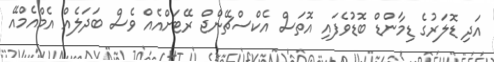
އަދި ޑޮލަރުގެ ޑިމާންޑް ބޮޑުވެފައި އޮތަސް އެކްސްޗޭންޖް ރޭޓަށްއެއް ވެސް ބަދަލެއް އެމްއެމްއޭ